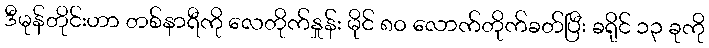
ဒီမုန်တိုင်းဟာ တစ်နာရီကို လေတိုက်နှုန်း မိုင် ၈၀ လောက်တိုက်ခတ်ပြီး ခရိုင် ၁၃ ခုကို